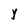
Character: Y